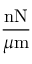
\frac { \mathrm { n N } } { \mu \mathrm { m } }